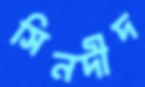
সিনদীদ